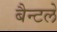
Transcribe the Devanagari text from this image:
बैन्टले